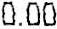
0.00